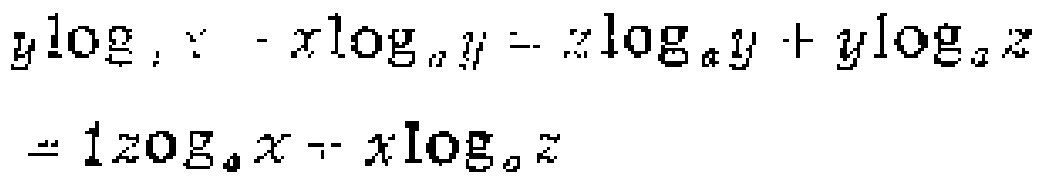
$y\log_{a}x - x\log_{a}y = z\log_{a}y + y\log_{a}z = 1z\log_{a}x + x\log_{a}z$